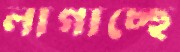
লাগাচ্ছে